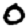
Digit: 0